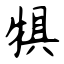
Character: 犋